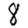
Digit: 8